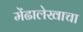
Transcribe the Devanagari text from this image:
मेंढालेखाचा